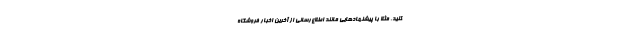
کنید. مثلا با پیشنهادهایی مانند اطلاع‌رسانی از آخرین اخبار فروشگاه